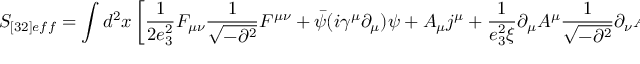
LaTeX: S _ { [ 3 2 ] e f f } = \int d ^ { 2 } x \left[ \frac { 1 } { 2 e _ { 3 } ^ { 2 } } F _ { \mu \nu } \frac { 1 } { \sqrt { - \partial ^ { 2 } } } F ^ { \mu \nu } + \bar { \psi } ( i \gamma ^ { \mu } \partial _ { \mu } ) \psi + A _ { \mu } j ^ { \mu } + \frac { 1 } { e _ { 3 } ^ { 2 } \xi } \partial _ { \mu } A ^ { \mu } \frac { 1 } { \sqrt { - \partial ^ { 2 } } } \partial _ { \nu } A ^ { \nu } \right] .